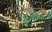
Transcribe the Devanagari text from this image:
पिक्रेट